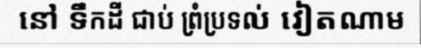
នៅ ទឹកដី ជាប់ ព្រំប្រទល់ វៀតណាម